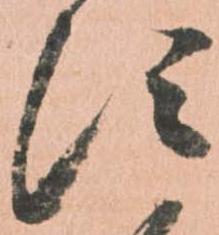
す